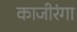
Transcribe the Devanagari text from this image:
काजीरंगा